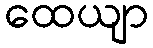
ထေယျာ